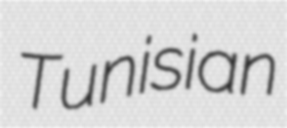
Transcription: Tunisian